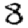
Digit: 8